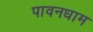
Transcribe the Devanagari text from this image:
पावनधाम